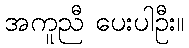
အကူညီ ပေးပါဦး။